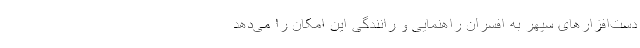
دست‌افزارهای سپهر به افسران راهنمایی و رانندگی این امکان را می‌دهد